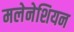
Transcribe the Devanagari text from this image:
मलेनेशियन